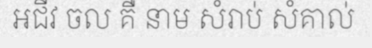
អជីវ ចល គឺ នាម សំរាប់ សំគាល់